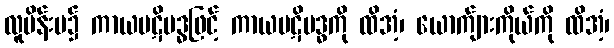
လူမိန်းမ၌ ကာယပဋိဗဒ္ဓဖြင့် ကာယပဋိဗဒ္ဓကို ထိအံ့၊ ယောက်ျားကိုယ်ကို ထိအံ့၊